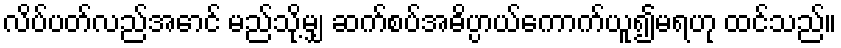
လိပ်ပတ်လည်အောင် မည်သို့မျှ ဆက်စပ်အဓိပ္ပာယ်ကောက်ယူ၍မရဟု ထင်သည်။